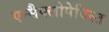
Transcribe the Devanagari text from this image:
एन्सैक्लोपेदिस्त